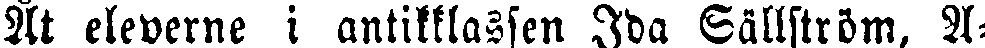
Åt eleverne i antikklassen Ida Sällström, A-